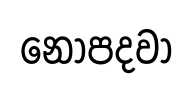
නොපදවා